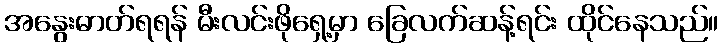
အနွေးဓာတ်ရရန် မီးလင်းဖိုရှေ့မှာ ခြေလက်ဆန့်ရင်း ထိုင်နေသည်။